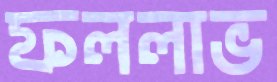
ফললাভ